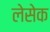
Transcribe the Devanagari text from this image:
लेसेक